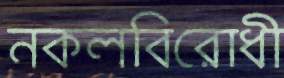
নকলবিরোধী